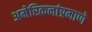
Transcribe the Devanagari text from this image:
अमेरिकनांप्रमाणे